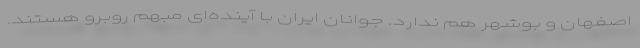
اصفهان و بوشهر هم ندارد. جوانان ایران با آینده‌ای مبهم روبرو هستند.